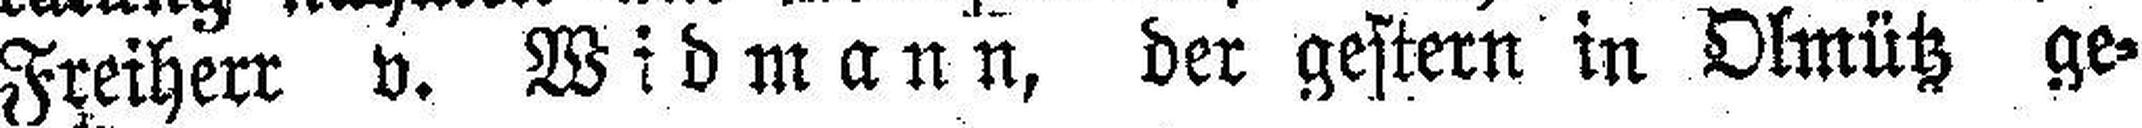
Freiherr v. Widmann, der gestern in Olmütz ge¬